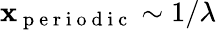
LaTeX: \mathbf{x}_{\mathrm{{~p~e~r~i~o~d~i~c~}}}\sim1/\lambda